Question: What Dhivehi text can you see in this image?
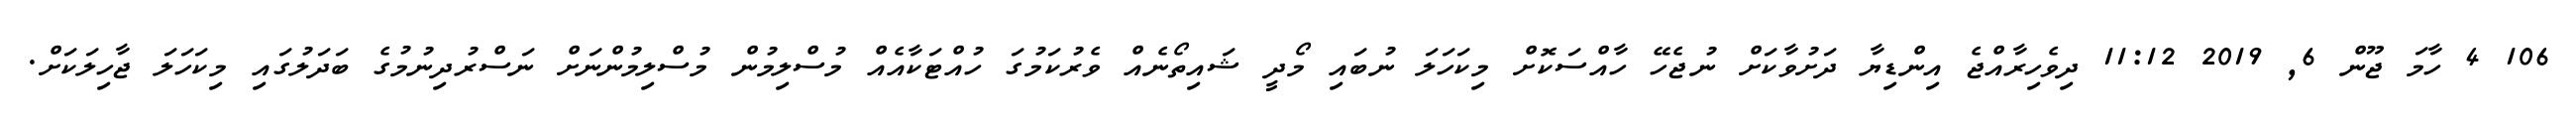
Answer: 106 4 ހާމަ ޖޫން 6, 2019 11:12 ދިވެހިރާއްޖެ އިންޑިޔާ ދަށުވާކަށް ނުޖެހޭ ހާއްސަކޮށް މިކަހަލަ ނުބައި މޯދީ ޝައިތޯނެއް ވެރުކަމުގަ ހުއްޓަކާއެއް މުސްލިމުން މުސްލިމުންނަށް ނަސްރުދިނުމުގެ ބަދަލުގައި މިކަހަލަ ޖާހިލަކަށް.